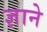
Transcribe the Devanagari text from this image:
ज्ञाने